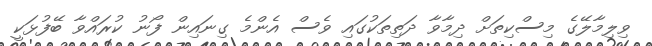
ވިލިމާލޭގެ މިސްކިތަށް ދިމާވާ ދަތިތަކުގައި ވެސް އެންމެ ގިނައިން ފޯނު ކުރައްވާ ބޭފުޅަކީ